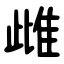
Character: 雌